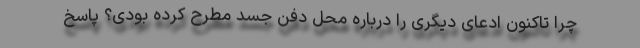
چرا تاکنون ادعای دیگری را درباره محل دفن جسد مطرح کرده بودی؟ پاسخ